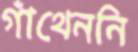
গাঁথেননি